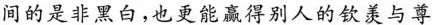
间的是非黑白，也更能赢得别人的钦羡与尊